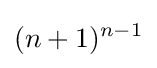
(n+1)^{n-1}